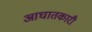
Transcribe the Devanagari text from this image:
आघातकारी